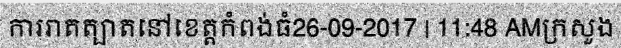
ការរាតត្បាតនៅខេត្តកំពង់ធំ26-09-2017 | 11:48 AMក្រសួង